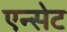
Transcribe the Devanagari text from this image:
एन्सेट